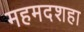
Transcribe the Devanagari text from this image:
महमदशहा